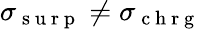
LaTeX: \sigma_{\mathrm{~s~u~r~p~}}\neq\sigma_{\mathrm{~c~h~r~g~}}